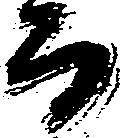
而